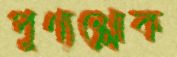
পুণ্যশ্লোক